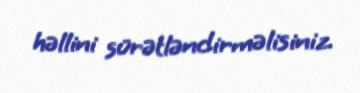
həllini sürətləndirməlisiniz.